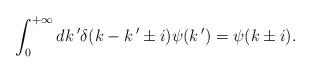
LaTeX: \begin{align*}\int_0^{+\infty} dk\,'\delta(k-k\,'\pm i)\psi (k\,')=\psi (k\pm i).\end{align*}